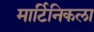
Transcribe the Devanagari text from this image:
मार्टिनिकला